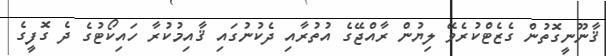
ޤާނޫނީގޮތުން ގެޒެޓްކުރެވޭ ލިޔުން ރާއްޖޭގެ އުތުރާއި ދެކުނުގައި ޤާއިމުކުރާ ހައިކޯޓުގެ ދެ ގޮފީގެ